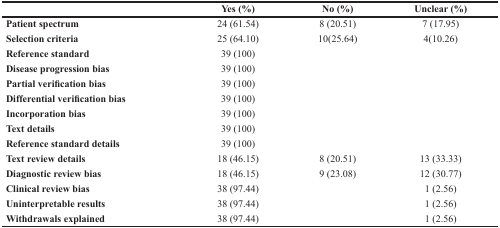
<table><thead><tr><td></td><td><b>Yes (%)</b></td><td><b>No (%)</b></td><td><b>Unclear (%)</b></td></tr></thead><tbody><tr><td><b>Patient spectrum</b></td><td>24 (61.54)</td><td>8 (20.51)</td><td>7 (17.95)</td></tr><tr><td><b>Selection criteria</b></td><td>25 (64.10)</td><td>10(25.64)</td><td>4(10.26)</td></tr><tr><td><b>Reference standard</b></td><td>39 (100)</td><td></td><td></td></tr><tr><td><b>Disease progression bias</b></td><td>39 (100)</td><td></td><td></td></tr><tr><td><b>Partial verification bias</b></td><td>39 (100)</td><td></td><td></td></tr><tr><td><b>Differential verification bias</b></td><td>39 (100)</td><td></td><td></td></tr><tr><td><b>Incorporation bias</b></td><td>39 (100)</td><td></td><td></td></tr><tr><td><b>Text details</b></td><td>39 (100)</td><td></td><td></td></tr><tr><td><b>Reference standard details</b></td><td>39 (100)</td><td></td><td></td></tr><tr><td><b>Text review details</b></td><td>18 (46.15)</td><td>8 (20.51)</td><td>13 (33.33)</td></tr><tr><td><b>Diagnostic review bias</b></td><td>18 (46.15)</td><td>9 (23.08)</td><td>12 (30.77)</td></tr><tr><td><b>Clinical review bias</b></td><td>38 (97.44)</td><td></td><td>1 (2.56)</td></tr><tr><td><b>Uninterpretable results</b></td><td>38 (97.44)</td><td></td><td>1 (2.56)</td></tr><tr><td><b>Withdrawals explained</b></td><td>38 (97.44)</td><td></td><td>1 (2.56)</td></tr></tbody></table>